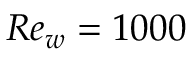
R e _ { w } = 1 0 0 0